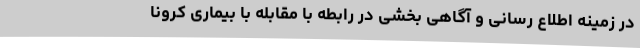
در زمینه اطلاع رسانی و آگاهی بخشی در رابطه با مقابله با بیماری کرونا